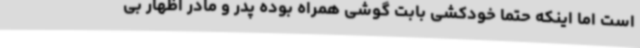
است اما اینکه حتما خودکشی بابت گوشی همراه بوده پدر و مادر اظهار بی